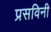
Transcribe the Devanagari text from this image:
प्रसविनी